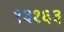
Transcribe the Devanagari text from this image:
१३१६३